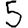
Digit: 5